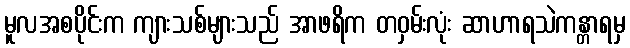
မူလအစပိုင်းက ကျားသစ်များသည် အာဖရိက တဝှမ်းလုံး ဆာဟာရသဲကန္တာရမှ